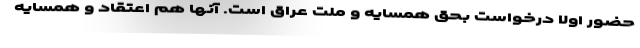
حضور اولا درخواست بحق همسایه و ملت عراق است. آنها هم اعتقاد و همسایه